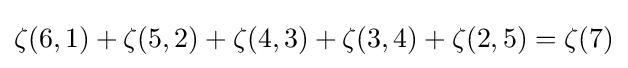
\zeta (6,1)+\zeta (5,2)+\zeta (4,3)+\zeta (3,4)+\zeta (2,5)=\zeta (7)